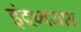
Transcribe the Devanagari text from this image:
इंद्रध्वजास